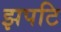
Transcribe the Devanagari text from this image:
झपटि